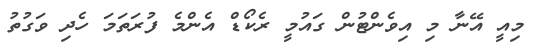
މިއީ އޭނާ މި އިވެންޓުން ގައުމީ ރެކޯޑް އެންމެ ފުރަތަމަ ހެދި ވަގުތު